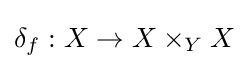
\delta _{f}:X\to X\times _{Y}X